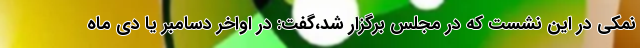
نمکی در این نشست که در مجلس برگزار شد،گفت: در اواخر دسامبر یا دی ماه